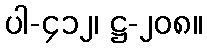
ပါ-၄၁၂၊ ဋ္ဌ-၂၀၈။